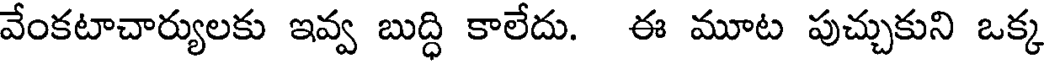
వేంకటాచార్యులకు ఇవ్వ బుద్ధి కాలేదు. ఈ మూట పుచ్చుకుని ఒక్క